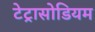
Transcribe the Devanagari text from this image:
टेट्रासोडियम